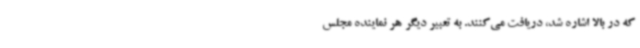
که در بالا اشاره شد، دریافت می‌کنند. به تعبیر دیگر هر نماینده مجلس